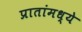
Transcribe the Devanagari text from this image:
प्रातांमध्ये